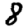
Digit: 8